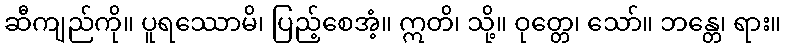
ဆီကျည်ကို။ ပူရဿောမိ၊ ပြည့်စေအံ့။ ဣတိ၊ သို့။ ဝုတ္တေ၊ သော်။ ဘန္တေ၊ ရား။